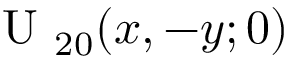
\mathrm { ~ U ~ } _ { 2 0 } ( x , - y ; 0 )